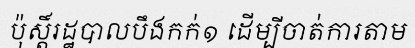
ប៉ុស្តិ៍រដ្ឋបាលបឹងកក់១ ដើម្បីចាត់ការតាម